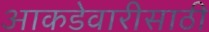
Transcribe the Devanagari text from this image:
आकडेवारीसाठी